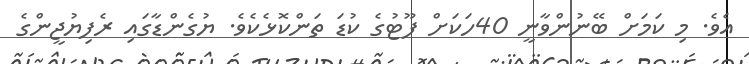
އެވެ. މި ކަމަށް ބޭނުންވާނީ 40ހަކަށް ފޫޓުގެ ކުޑަ ތަންކޮޅެކެވެ. ޔުގެންޑާގައި ރެފިޔުޖީންގެ